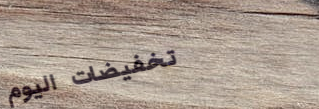
تخفيضات اليوم